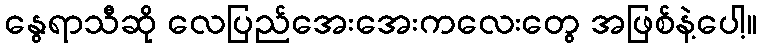
နွေရာသီဆို လေပြည်အေးအေးကလေးတွေ အဖြစ်နဲ့ပေါ့။